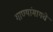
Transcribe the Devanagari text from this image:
गाण्यांमागचे